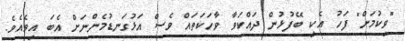
"ވިކުމަށް" ފަހު އެކި ބޭފުޅުން ދައްކަވާ ވާހަކަތައް ވެސް އަޅުގަނޑުމެންނަށް އެބަ އިވެއެވެ.